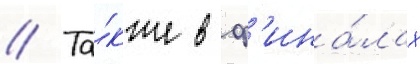
// Та́кже в ф'ина́лах